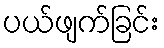
ပယ်ဖျက်ခြင်း